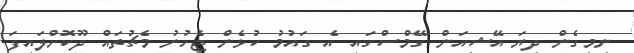
ނިމިގެން ދިޔަ އޭޝިއަން ގޭމްސްގައި އެ ގައުމު ކުޅެން ޖެހުނު މެޗުތައް ދޫކޮށްލައިފަ